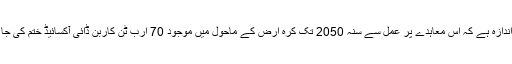
ماہرین کا اندازہ ہے کہ اس معاہدے پر عمل سے سنہ 2050 تک کُرہ ارض کے ماحول میں موجود 70 ارب ٹن کاربن ڈائی آکسائیڈ ختم کی جا سکے گی۔